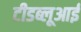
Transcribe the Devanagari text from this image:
टीडब्लूआई